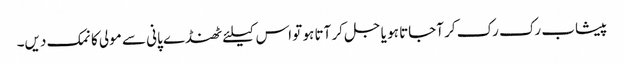
پیشاب رک رک کر آجاتا ہو یا جل کر آتا ہو تو اس کیلئے ٹھنڈے پانی سے مولی کا نمک دیں۔